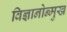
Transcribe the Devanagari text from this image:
विज्ञानोन्मुख